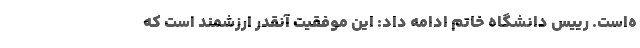
ه‌است. رییس دانشگاه خاتم ادامه داد: این موفقیت آنقدر ارزشمند است که